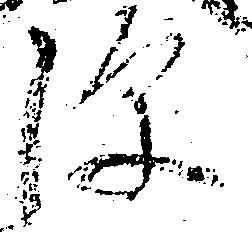
源